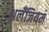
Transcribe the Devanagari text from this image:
अलँजियम